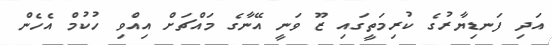
އަދި ފަނޑިޔާރުގެ ކުރިމަތީގައި ޒޫ ވަނީ އޭނާގެ މައްޗަށް އިއްވި ހުކުމް އެހެން